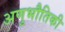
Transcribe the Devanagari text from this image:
अणुभौतिकी